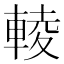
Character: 輘